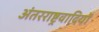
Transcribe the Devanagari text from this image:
अंतरराष्ट्रवादियों